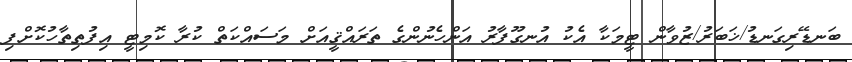
ބަނޑޭރިގަނޑު/ޚަބަރު/ޒުވާން ޓީމަކާ އެކު އުނގޫފާރު އަންހެނުންގެ ތަރައްޤީއަށް މަސައްކަތް ކުރާ ކޮމިޓީ އިފުތިތާހުކޮށްފި